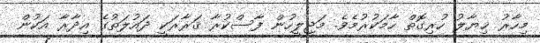
މިހާރު ޚިޔާލު ހުރިގޮތް ހާމަކުރުމެވެ. މަޖިލީހުން ފާސްކުރާ ޤަރާރަކީ ދައުލަތުގެ އިދާރާ އަކުން